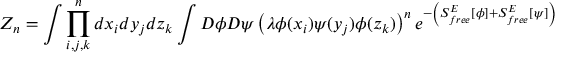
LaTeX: { \cal Z } _ { n } = \int \prod _ { i , j , k } ^ { n } d x _ { i } d y _ { j } d z _ { k } \int { \cal D } \phi { \cal D } \psi \left( \lambda \phi ( x _ { i } ) \psi ( y _ { j } ) \phi ( z _ { k } ) \right) ^ { n } e ^ { - \left( S _ { f r e e } ^ { E } \left[ \phi \right] + S _ { f r e e } ^ { E } \left[ \psi \right] \right) }